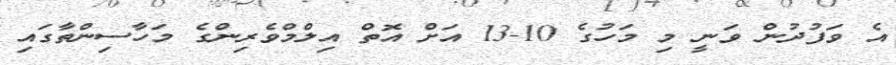
އެ ވަފުދުން ވަނީ މި މަހުގެ 10-13 އަށް އޮތް އިލްމްވެރިންގެ މަހާސިންތާގައި